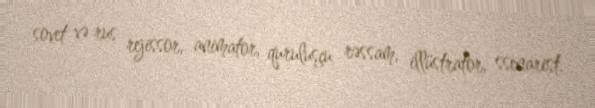
sovet və rus rejissor, animator, quruluşçu rəssam, illüstrator, ssenarist.